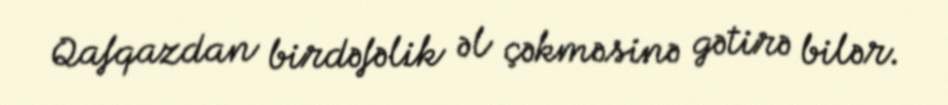
Qafqazdan birdəfəlik əl çəkməsinə gətirə bilər.